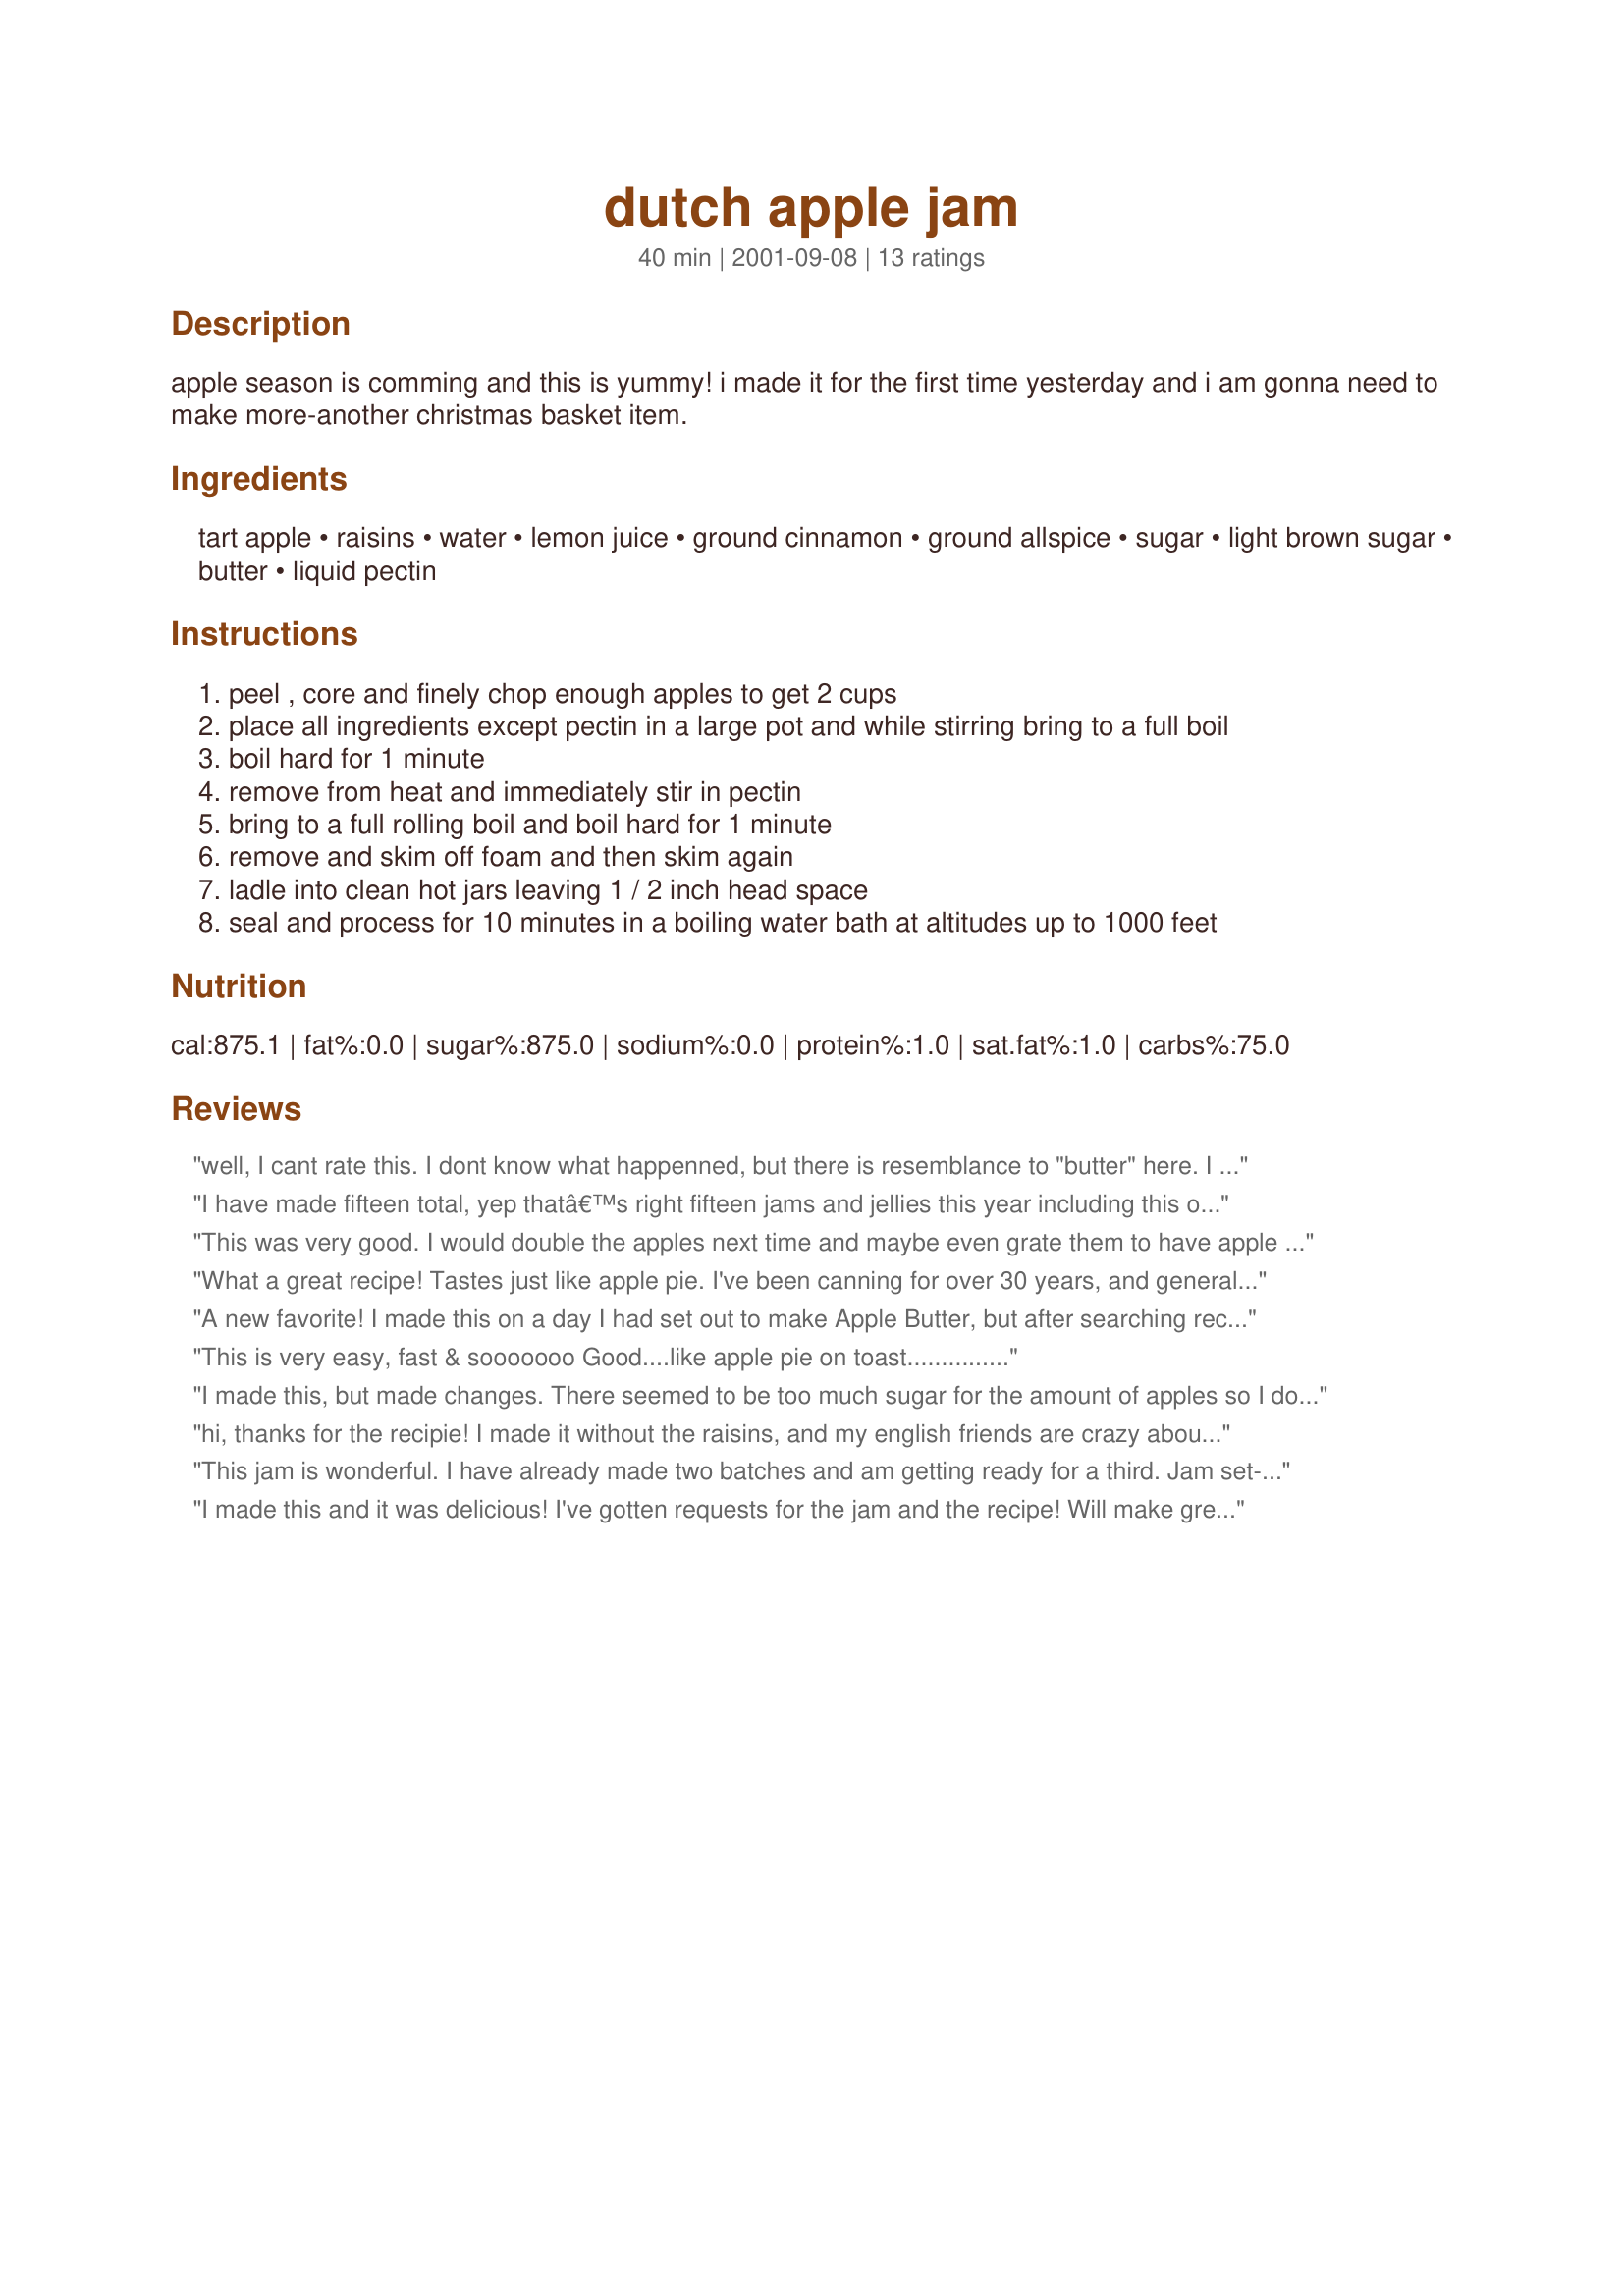
dutch apple jam
Preparation time: 40 minutes

apple season is comming and this is yummy! i made it for the first time yesterday and i am gonna need to make more-another christmas basket item.

Ingredients:
tart apple, raisins, water, lemon juice, ground cinnamon, ground allspice, sugar, light brown sugar, butter, liquid pectin

Steps:
peel , core and finely chop enough apples to get 2 cups
place all ingredients except pectin in a large pot and while stirring bring to a full boil
boil hard for 1 minute
remove from heat and immediately stir in pectin
bring to a full rolling boil and boil hard for 1 minute
remove and skim off foam and then skim again
ladle into clean hot jars leaving 1 / 2 inch head space
seal and process for 10 minutes in a boiling water bath at altitudes up to 1000 feet

Reviews:
well, I cant rate this.
I dont know what happenned, but there is resemblance to "butter" here. I followed the recipe, with double everything except the white sugar, cause I thought it sounded too sweet.
the apple bits just shrank up and turned to leather.
I ended up with a half a pot of super sweet spiced syrup, and hard little apple leathers.
I strained out the apple and raisins, and tried to "wizz" them with a hand held blender, didnt work. 
the syrup is soooo sweet, and the apple is inedible. Sorry dibs, I usually like your stuff, but this definately didnt work for me, and I would be happy for anyone to email me and tell me what went wrong!!!
I have made fifteen total, yep thatâ€™s right fifteen jams and jellies this year including this one twice. And it is defiantly a keeper we love apples in this family. I am sorry to hear that Mummamils did not set up mine was thick and delish. If you love apples do try again. I do agree with Chef #369890 as thick as mine was the apples were not moving form the top, grated or not so when we open a jar we give it a little stir. I do think though if it were not to compromise the jelly I would like more apple bits. And because I do not like raisins and didnâ€™t put them in. more apples might be ok. But maybe that is why I got a good set. This is a keeper!!!
This was very good. I would double the apples next time and maybe even grate them to have apple throughout the jam, not just chunks.
What a great recipe! Tastes just like apple pie. I've been canning for over 30 years, and generally keep to the measurements, especially if the recipe calls for pectin. My family doesn't care for raisins, so I substituted 1/4 cup of currants, and added an extra 1/4 cup of apple. I grated the apple in the food processor, so the jam came out looking a bit like marmalade. This jam set up quickly, so I checked it frequently after the lids sealed, and turned the jars 4 or 5 times as they cooled, and the apple distributed beautifully.
Thanks, DiB's!
A new favorite! I made this on a day I had set out to make Apple Butter, but after searching recipes, I didn't have the ambition for the process. I picked this recipe instead and so happy I did! Will be adding to my yearly canning list! THANK YOU!
This is very easy, fast & sooooooo Good....like apple pie on toast...............

I made this, but made changes. There seemed to be too much sugar for the amount of apples so I double the apples to 4 c chopped. I also used 1 box powdered pectin instead of liquid. I also used sweet apples instead of tart. After the changes it made 7 1/2 c jam. Tastes very sweet still and tastes awesome. I ate most of the 1/2 c myself on toast with peanut butter. I think my son had one toast and sandwich with it and my daughter had some on toast, but my husband didn&#039;t get any. Too slow I guess. He will have to wait until I open another jar. This one is staying on my preserving list. I really wanted a jam recipe instead of a jelly recipe, I am just getting started on preserving so I don&#039;t have a jelly bag yet and this was perfect.
hi, thanks for the recipie! I made it without the raisins, and my english friends are crazy about it!
its very very sweet, but tastes just like apple pie
This jam is wonderful. I have already made two batches and am getting ready for a third. Jam set-up perfectly and everyone loves it.
I made this and it was delicious! I've gotten requests for the jam and the recipe! Will make great christmas gifts.
This jam is great. I made one batch with the 4 1/2 cups of granulated sugar as called for. Along with the brown sugar it was way too sweet for my taste. I made another batch with 2 cups of granulated sugar along with the 1 cup of brown sugar, much better. Everone agreed, the 2nd batch had a better all around flavor. ***** KEEP ON JAMMIN'
smell was wonderful and taste was great! one huge problem..it didn't "set" like the rest of my james and jellies have. i even cooked at a hard boil for more than a minute do to past experiences when a minute is definately not enough time at a hard boil...still didn't do it the second batch either..it's gonna make great pancake syrup!!! my intentions were to give "jam" in the gift baskets for Christmas though. and yes i checked over all the ingredients 3 times for the second batch because i didn't want the same thing to happen again. it did anyways...oh well! i'm giving a low rating due to it not setting the way it should have.
A 1/2 teaspoon of margarine or butter will help decrease foaming.
